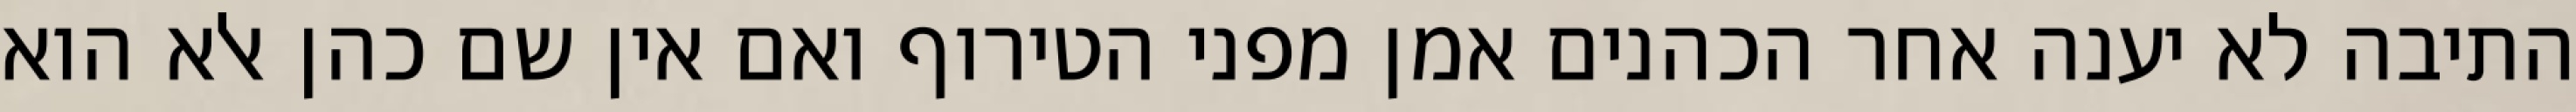
התיבה לא יענה אחר הכהנים אמן מפני הטירוף ואם אין שם כהן אלא הוא